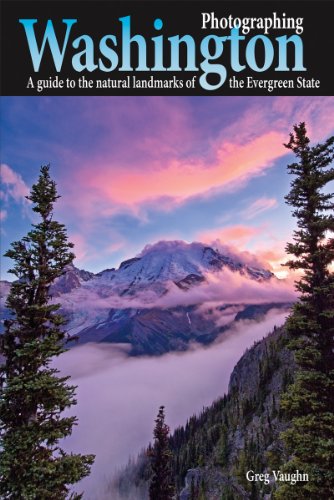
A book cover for Photographing Washington; Greg Vaughn; Travel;